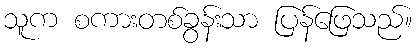
သူက စကားတစ်ခွန်းသာ ပြန်ဖြေသည်။